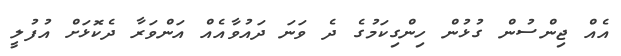
އެއް ޖިންސުން ގުޅުން ހިންގިކަމުގެ ދެ ވަނަ ދައުވާއެއް އަންވަރާ ދެކޮޅަށް އުފުލީ